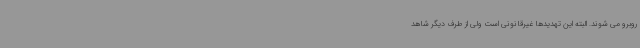
روبرو می شوند. البته این تهدیدها غیرقانونی است ولی از طرف دیگر شاهد